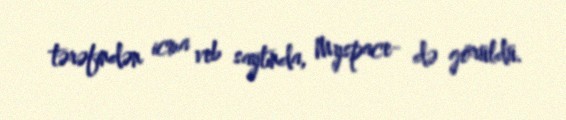
tərəfindən icma veb saytında, Myspace- də görüldü.